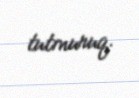
tutmuruq.